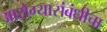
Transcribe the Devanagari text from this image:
आरोग्यासंबंधीचा